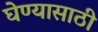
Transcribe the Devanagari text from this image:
घेण्‍यासाठी